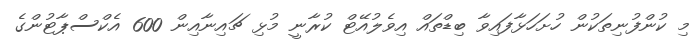
މި ކުންފުނިތަކުން ހުށަހަޅާފައިވާ ބިޑްތައް އިވެލުއޭޓް ކުރާނީ މުޅި ޗައިނާއިން 600 އެކްސްޕާޓުންގެ